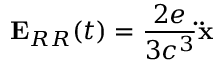
\mathbf { E } _ { R R } ( t ) = { \frac { 2 e } { 3 c ^ { 3 } } } \mathbf { \ddot { x } }